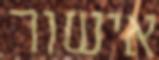
אישור